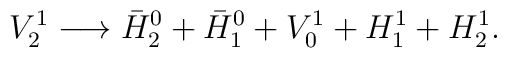
V^1_2 \longrightarrow \bar{H}^0_2 +\bar{H}^0_1+V^1_0+ H^1_1+H^1_2.